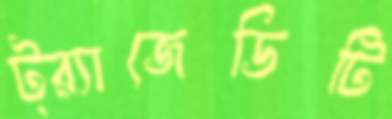
ট্র্যাজেডিটি